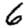
Digit: 6